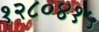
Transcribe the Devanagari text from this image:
१२८०४१५